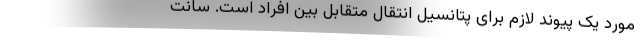
مورد یک پیوند لازم برای پتانسیل انتقال متقابل بین افراد است. سانت